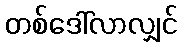
တစ်ဒေါ်လာလျှင်